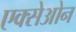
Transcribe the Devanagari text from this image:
एक्सेओन